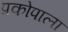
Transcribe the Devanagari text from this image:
प्रकोपाला